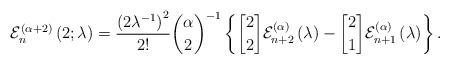
LaTeX: \begin{align*}\mathcal{E}_{n}^{\left( \alpha+2\right) }\left( 2;\lambda\right)=\frac{\left( 2\lambda^{-1}\right) ^{2}}{2!}\binom{\alpha}{2}^{-1}\left\{\genfrac{[}{]}{0pt}{}{2}{2}\mathcal{E}_{n+2}^{\left( \alpha\right) }\left( \lambda\right) -\genfrac{[}{]}{0pt}{}{2}{1}\mathcal{E}_{n+1}^{\left( \alpha\right) }\left( \lambda\right) \right\} .\end{align*}